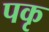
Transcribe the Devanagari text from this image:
पकृ